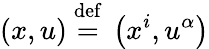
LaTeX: (x,u)\ {\stackrel{\mathrm{def}}{=}}\ \left(x^{i},u^{\alpha}\right)